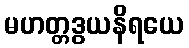
မဟတ္တဒွယနိရယေ